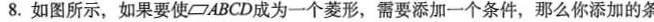
8.如图所示，如果要使二ABCD成为一个菱形，需要添加一个条件，那么你添加的条